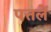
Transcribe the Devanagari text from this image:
पत्तलें